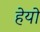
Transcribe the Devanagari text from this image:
हेयो